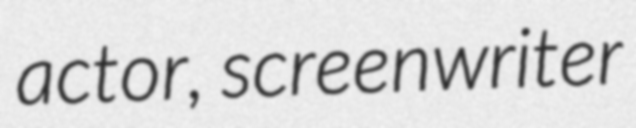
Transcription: actor, screenwriter